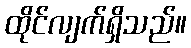
ထိုင်လျက်ရှိသည်။